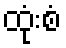
ထုံးစံ